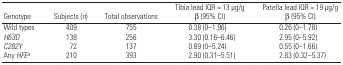
<table><thead><tr><td><b>Genotype</b></td><td><b>Subjects (<i>n</i>)</b></td><td><b>Total observations</b></td><td><b>Tibia lead IQR = 13 μg/g β (95% CI)</b></td><td><b>Patella lead IQR = 19 μg/g β (95% CI)</b></td></tr></thead><tbody><tr><td>Wild types</td><td>409</td><td>755</td><td>0.38 (0–1.96)</td><td>0.26 (0–1.78)</td></tr><tr><td><i>H63D</i></td><td>138</td><td>256</td><td>3.30 (0.16–6.46)</td><td>2.95 (0–5.92)</td></tr><tr><td><i>C282Y</i></td><td>72</td><td>137</td><td>0.89 (0–5.24)</td><td>0.55 (0–1.66)</td></tr><tr><td>Any <i>HFE</i>a</td><td>210</td><td>393</td><td>2.90 (0.31–5.51)</td><td>2.83 (0.32–5.37)</td></tr></tbody></table>